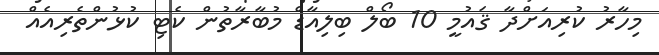
މިހާރު ކުރިއަށްދާ ޤައުމީ 10 ބޯލް ބިލިއާޑް މުބާރާތުން ކެޓި ކުޅުންތެރިއެއް